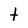
Character: t